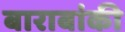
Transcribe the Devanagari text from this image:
बाराबांकी